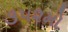
૩૫૨મો